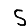
Digit: 5